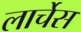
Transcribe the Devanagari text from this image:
लार्चेस